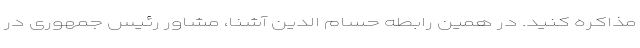
مذاکره کنید. در همین رابطه حسام الدین آشنا، مشاور رئیس جمهوری در